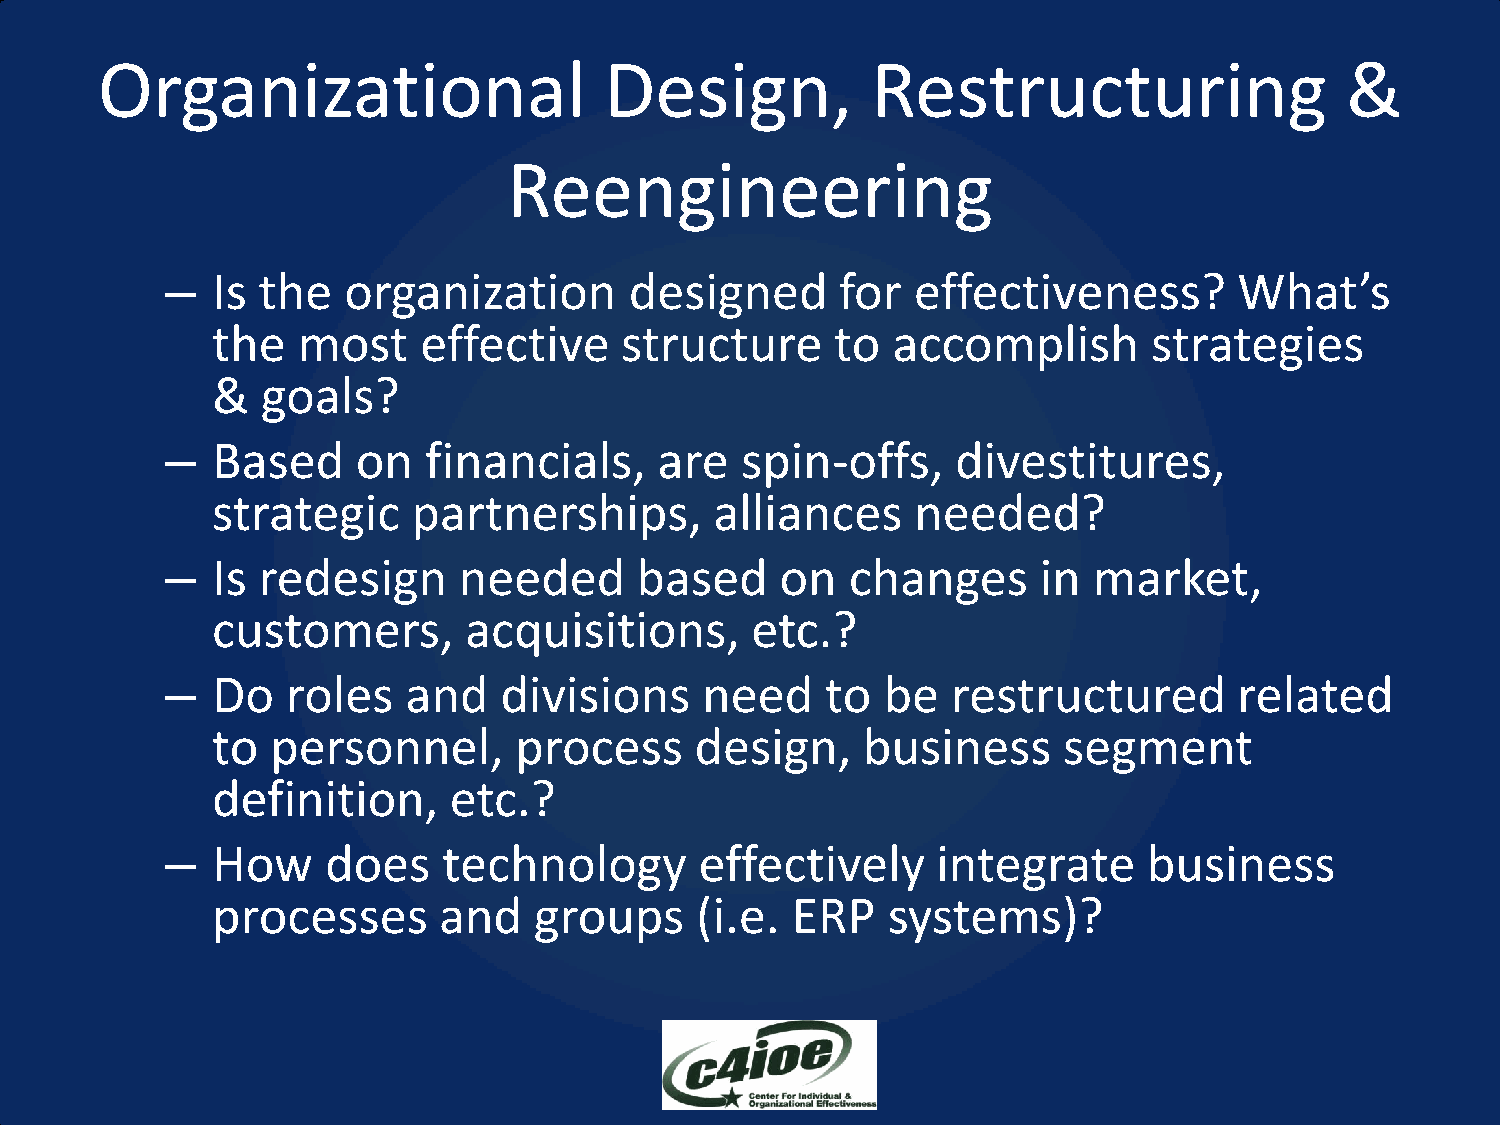
Organizational                    Design,           Restructuring                  &
 Reengineering
 –  Is the   organization       designed      for  effectiveness?       What’s
 the   most    effective    structure     to  accomplish       strategies
 &  goals?
 –  Based     on  financials,     are  spin-offs,    divestitures,
 strategic    partnerships,       alliances     needed?
 –  Is redesign     needed      based     on  changes      in market,
 customers,       acquisitions,      etc.?
 –  Do   roles   and   divisions    need     to  be  restructured       related
 to  personnel,      process     design,    business     segment
 definition,     etc.?
 –  How     does   technology       effectively     integrate     business
 processes      and   groups     (i.e. ERP    systems)?